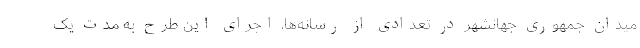
میدان جمهوری جهانشهر در تعدادی از رسانه‌ها، اجرای این طرح به مدت یک